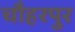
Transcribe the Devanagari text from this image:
चौहरपुर